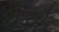
ઈએ